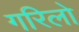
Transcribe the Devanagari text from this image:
गरिलो